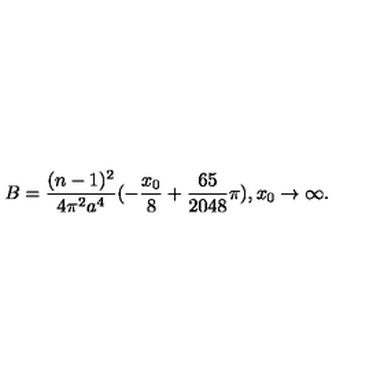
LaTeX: B = \frac { ( n - 1 ) ^ { 2 } } { 4 \pi ^ { 2 } a ^ { 4 } } ( - \frac { x _ { 0 } } { 8 } + \frac { 6 5 } { 2 0 4 8 } \pi ) , x _ { 0 } \rightarrow \infty .